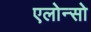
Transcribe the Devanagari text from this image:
एलोन्सो